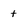
Character: t